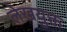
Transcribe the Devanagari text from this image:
लेखयुक्त